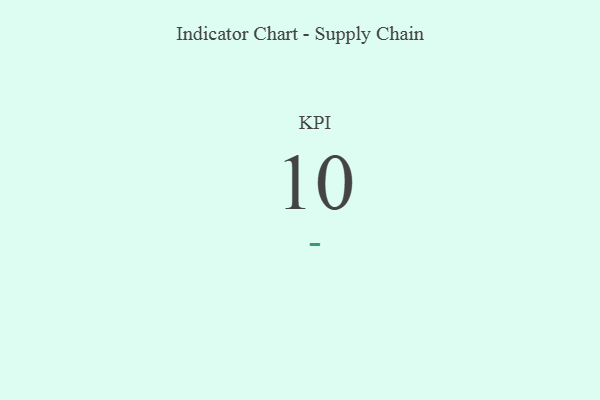
{"axis": {"x": "KPI", "y": "Value"}, "legend": [""], "data": [{"x": "KPI", "y": 10, "type": ""}]}